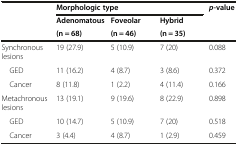
| <ROWSPAN=3>  | <COLSPAN=3> Morphologic type | <ROWSPAN=3> p-value |
 | Adenomatous | Foveolar | Hybrid |
 | (n = 68) | (n = 46) | (n = 35) |
 | --- | --- | --- | --- | --- |
 | Synchronous lesions | 19 (27.9) | 5 (10.9) | 7 (20) | 0.088 |
 | GED | 11 (16.2) | 4 (8.7) | 3 (8.6) | 0.372 |
 | Cancer | 8 (11.8) | 1 (2.2) | 4 (11.4) | 0.166 |
 | Metachronous lesions | 13 (19.1) | 9 (19.6) | 8 (22.9) | 0.898 |
 | GED | 10 (14.7) | 5 (10.9) | 7 (20) | 0.518 |
 | Cancer | 3 (4.4) | 4 (8.7) | 1 (2.9) | 0.459 |